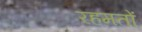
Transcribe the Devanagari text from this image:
रहमतों